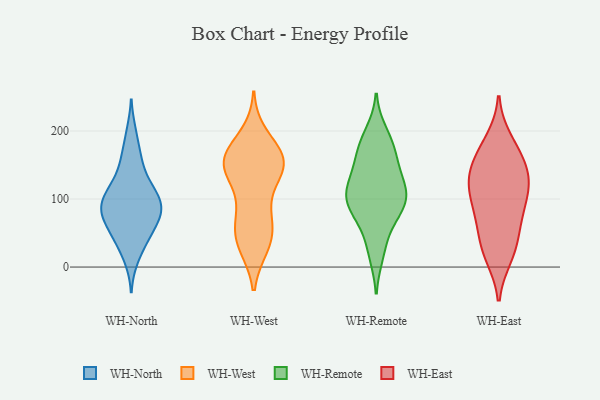
{"axis": {"x": "Latency (ms)", "y": "Value"}, "legend": ["WH-East", "WH-North", "WH-Remote", "WH-West"], "data": [{"x": "", "y": 83, "type": "WH-North"}, {"x": "", "y": 98, "type": "WH-North"}, {"x": "", "y": 105, "type": "WH-North"}, {"x": "", "y": 74, "type": "WH-North"}, {"x": "", "y": 49, "type": "WH-North"}, {"x": "", "y": 198, "type": "WH-North"}, {"x": "", "y": 82, "type": "WH-North"}, {"x": "", "y": 11, "type": "WH-North"}, {"x": "", "y": 99, "type": "WH-North"}, {"x": "", "y": 42, "type": "WH-North"}, {"x": "", "y": 77, "type": "WH-North"}, {"x": "", "y": 36, "type": "WH-North"}, {"x": "", "y": 161, "type": "WH-North"}, {"x": "", "y": 61, "type": "WH-North"}, {"x": "", "y": 122, "type": "WH-North"}, {"x": "", "y": 161, "type": "WH-North"}, {"x": "", "y": 112, "type": "WH-North"}, {"x": "", "y": 81, "type": "WH-North"}, {"x": "", "y": 129, "type": "WH-North"}, {"x": "", "y": 150, "type": "WH-West"}, {"x": "", "y": 153, "type": "WH-West"}, {"x": "", "y": 161, "type": "WH-West"}, {"x": "", "y": 41, "type": "WH-West"}, {"x": "", "y": 175, "type": "WH-West"}, {"x": "", "y": 69, "type": "WH-West"}, {"x": "", "y": 83, "type": "WH-West"}, {"x": "", "y": 120, "type": "WH-West"}, {"x": "", "y": 148, "type": "WH-West"}, {"x": "", "y": 31, "type": "WH-West"}, {"x": "", "y": 156, "type": "WH-West"}, {"x": "", "y": 44, "type": "WH-West"}, {"x": "", "y": 137, "type": "WH-West"}, {"x": "", "y": 153, "type": "WH-West"}, {"x": "", "y": 193, "type": "WH-West"}, {"x": "", "y": 70, "type": "WH-West"}, {"x": "", "y": 32, "type": "WH-West"}, {"x": "", "y": 159, "type": "WH-West"}, {"x": "", "y": 143, "type": "WH-Remote"}, {"x": "", "y": 82, "type": "WH-Remote"}, {"x": "", "y": 198, "type": "WH-Remote"}, {"x": "", "y": 164, "type": "WH-Remote"}, {"x": "", "y": 97, "type": "WH-Remote"}, {"x": "", "y": 93, "type": "WH-Remote"}, {"x": "", "y": 106, "type": "WH-Remote"}, {"x": "", "y": 101, "type": "WH-Remote"}, {"x": "", "y": 65, "type": "WH-Remote"}, {"x": "", "y": 114, "type": "WH-Remote"}, {"x": "", "y": 101, "type": "WH-Remote"}, {"x": "", "y": 168, "type": "WH-Remote"}, {"x": "", "y": 142, "type": "WH-Remote"}, {"x": "", "y": 177, "type": "WH-Remote"}, {"x": "", "y": 188, "type": "WH-Remote"}, {"x": "", "y": 18, "type": "WH-Remote"}, {"x": "", "y": 113, "type": "WH-Remote"}, {"x": "", "y": 127, "type": "WH-Remote"}, {"x": "", "y": 68, "type": "WH-Remote"}, {"x": "", "y": 27, "type": "WH-Remote"}, {"x": "", "y": 29, "type": "WH-East"}, {"x": "", "y": 17, "type": "WH-East"}, {"x": "", "y": 26, "type": "WH-East"}, {"x": "", "y": 126, "type": "WH-East"}, {"x": "", "y": 185, "type": "WH-East"}, {"x": "", "y": 152, "type": "WH-East"}, {"x": "", "y": 125, "type": "WH-East"}, {"x": "", "y": 155, "type": "WH-East"}, {"x": "", "y": 82, "type": "WH-East"}, {"x": "", "y": 73, "type": "WH-East"}, {"x": "", "y": 103, "type": "WH-East"}, {"x": "", "y": 172, "type": "WH-East"}, {"x": "", "y": 113, "type": "WH-East"}, {"x": "", "y": 62, "type": "WH-East"}, {"x": "", "y": 129, "type": "WH-East"}]}